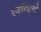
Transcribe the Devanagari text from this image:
एजन्सियाँ